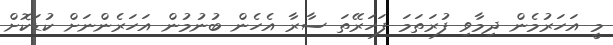
މީ އަހަރުމެން ދިމާވި ފުރަތަމަ ފަހަރޭތަ ސާރާ އެހެން ބުނުމުން އަހަރެންނަށް ކުޑަކޮށް